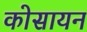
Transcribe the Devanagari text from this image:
कोसायन